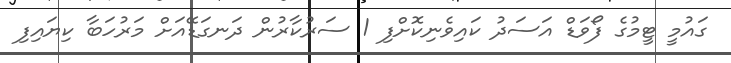
ގައުމީ ޓީމުގެ ފޯވަޑް އަސަދު ކައިވެނިކޮށްފި 1 ސަރުކާރުން ދަނގަޑޭއަށް މަރުހަބާ ކިޔައިފި